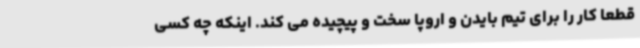
قطعا کار را برای تیم بایدن و اروپا سخت و پیچیده می کند. اینکه چه کسی